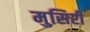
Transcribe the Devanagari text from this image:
मुसिरी